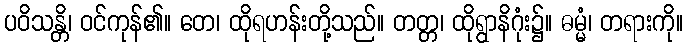
ပဝိသန္တိ၊ ဝင်ကုန်၏။ တေ၊ ထိုရဟန်းတို့သည်။ တတ္တ၊ ထိုရွာနိဂုံး၌။ ဓမ္မံ၊ တရားကို။